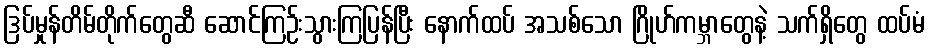
ဒြပ်မှုန်တိမ်တိုက်တွေဆီ ဆောင်ကြဉ်းသွားကြပြန်ပြီး နောက်ထပ် အသစ်သော ဂြိုဟ်ကမ္ဘာတွေနဲ့ သက်ရှိတွေ ထပ်မံ